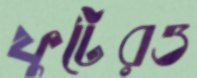
ফুটেরও